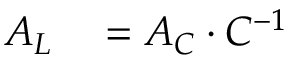
\begin{array} { r l } { A _ { L } } & { { } = A _ { C } \cdot C ^ { - 1 } } \end{array}